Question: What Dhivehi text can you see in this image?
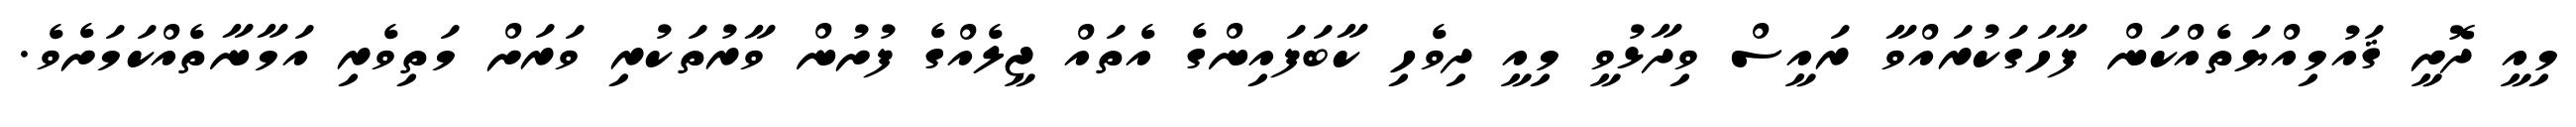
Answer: މިއީ ދޮށީ ޤައުމިއްޔަތެއްކަން ފާހަގަކުރައްވާ ރައީސް ވިދާޅުވީ މިއީ ދިވެހި ކާބަފައިންގެ އެތައް ޖީލެއްގެ ފުށުން ވާރުތަކުރި ވަރަށް މަތިވެރި އަމާނާތެއްކަމަށެވެ.